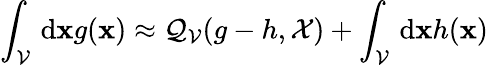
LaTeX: \int_{\mathcal{V}}\, \mathrm{{d}}\mathbf{{x}}g(\mathbf{{x}})\approx\mathcal{{Q}}_{\mathcal{V}}(g-h,\mathcal{{X}})+\int_{\mathcal{V}}\, \mathrm{{d}}\mathbf{{x}}h(\mathbf{{x}})